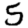
Digit: 5